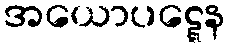
အယောပဋ္ဋေန